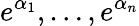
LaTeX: e^{\alpha_{1}},\ldots,e^{\alpha_{n}}